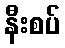
နီးစပ်